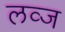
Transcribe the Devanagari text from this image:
लव्ज